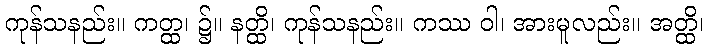
ကုန်သနည်း။ ကတ္ထ၊ ၌။ နတ္ထိ၊ ကုန်သနည်း။ ကဿ ဝါ၊ အားမူလည်း။ အတ္ထိ၊